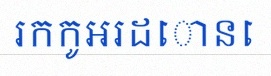
រកកូអរដោនេ